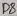
Text: D8